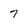
Character: 7